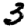
Digit: 3